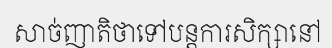
សាច់ញាតិថាទៅបន្តការសិក្សានៅ